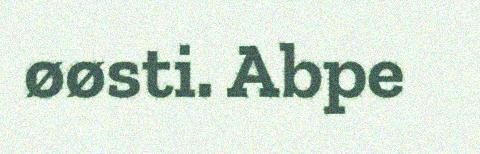
øøsti. Abpe